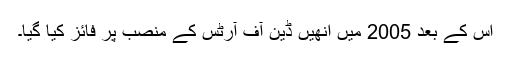
اس کے بعد 2005 میں انھیں ڈین آف آرٹس کے منصب پر فائز کیا گیا۔